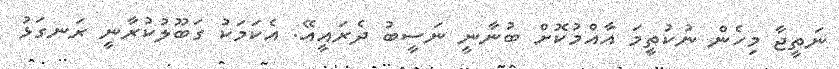
ނަތީޖާ މިހެން ނުކުތީމަ އާއްމުކޮށް ބުނާނީ ނަސީބު ދެރައީއޭ. އެކަމަކު ގަބޫލުކުރާނީ ރަނގަޅު